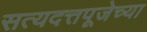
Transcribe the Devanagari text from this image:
सत्यदत्तपूजेच्या